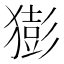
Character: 𤡭